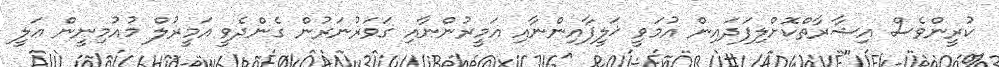
ކުރީންވެސް އިޝާރާތްކޮށްލިފަދައިން އުމަވީ ޚަލީފާއިންނާއި އަމީރުންނާއި ގަވަރުނަރުން ގެންދެވީ އަމީރުލް މުއުމިނީން ޢަލީ